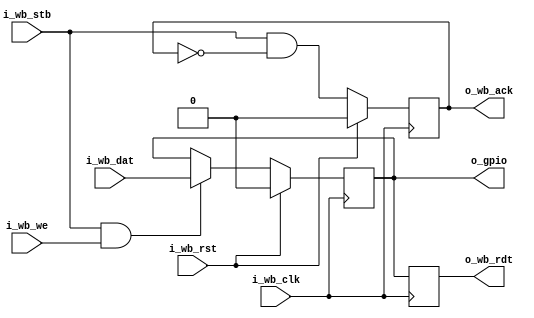
/*
 * subservient_gpio.v : Single-bit GPIO for the subservient SoC
 *
 * SPDX-FileCopyrightText: 2021 Olof Kindgren <olof.kindgren@gmail.com>
 * SPDX-License-Identifier: Apache-2.0
 */

module subservient_gpio
  (input wire i_wb_clk,
   input wire i_wb_rst,
   input wire i_wb_dat,
   input wire i_wb_we,
   input wire i_wb_stb,
   output reg o_wb_rdt,
   output reg o_wb_ack,
   output reg o_gpio);

   always @(posedge i_wb_clk) begin
      o_wb_rdt <= o_gpio;
      if (i_wb_stb & i_wb_we)
	o_gpio <= i_wb_dat;
      o_wb_ack <= i_wb_stb & !o_wb_ack;

      if (i_wb_rst) begin
	 o_wb_ack <= 1'b0;
	 o_gpio   <= 1'b0;
      end
   end
endmodule